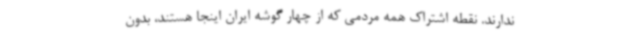
ندارند. نقطه اشتراک همه مردمی که از چهار گوشه ایران اینجا هستند، بدون